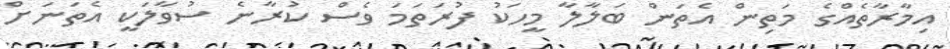
އިމާރާތެއްގެ މަތިން އެތަން ބަލާލާ މީހަކު ފުރަތަމަ ވެސް ކުރާނެ ސުވާލަކީ އެތަނަށް